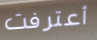
أعترفت